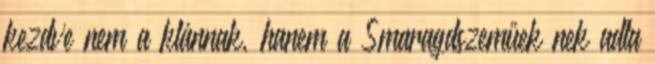
kezdve nem a klánnak, hanem a Smaragdszeműek nek adta